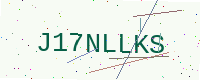
Text: J17NLLKS